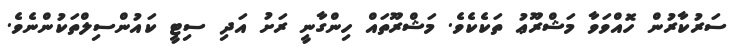
ސަރުކާރުން ހޮއްވަވާ މަޝްރޫޢު ތަކެކެވެ. މަޝްރޫތައް ހިންގާނީ ރަށު އަދި ސިޓީ ކައުންސިލްތަކުންނެވެ.